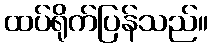
ထပ်ရိုက်ပြန်သည်။